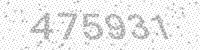
Solution: 475931